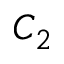
C _ { 2 }